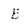
Character: E